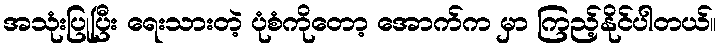
အသုံးပြုပြီး ရေးသားတဲ့ ပုံစံကိုတော့ အောက်က မှာ ကြည့်နိုင်ပါတယ်။